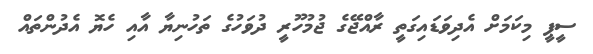
ސީޕީ މިކަމަށް އެދިވަޑައިގަތީ ރާއްޖޭގެ ޖުމުހޫރީ ދުވަހުގެ ތަހުނިޔާ އާއި ހެޔޮ އެދުންތައް